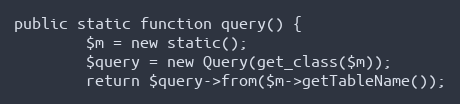
Language: PHP
public static function query() {
		$m = new static();
		$query = new Query(get_class($m));
		return $query->from($m->getTableName());